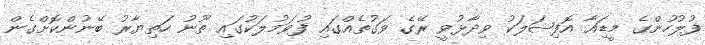
ފުލުހުންގެ މީޑަިއާ އޮފިޝަލަކު ވިދާޅުވީ ރޭގެ ވަގުތެއްގައި ފުވަމުލަކުގައި ތޫނު ހަތިޔާރު ބޭނުންކޮށްގެން